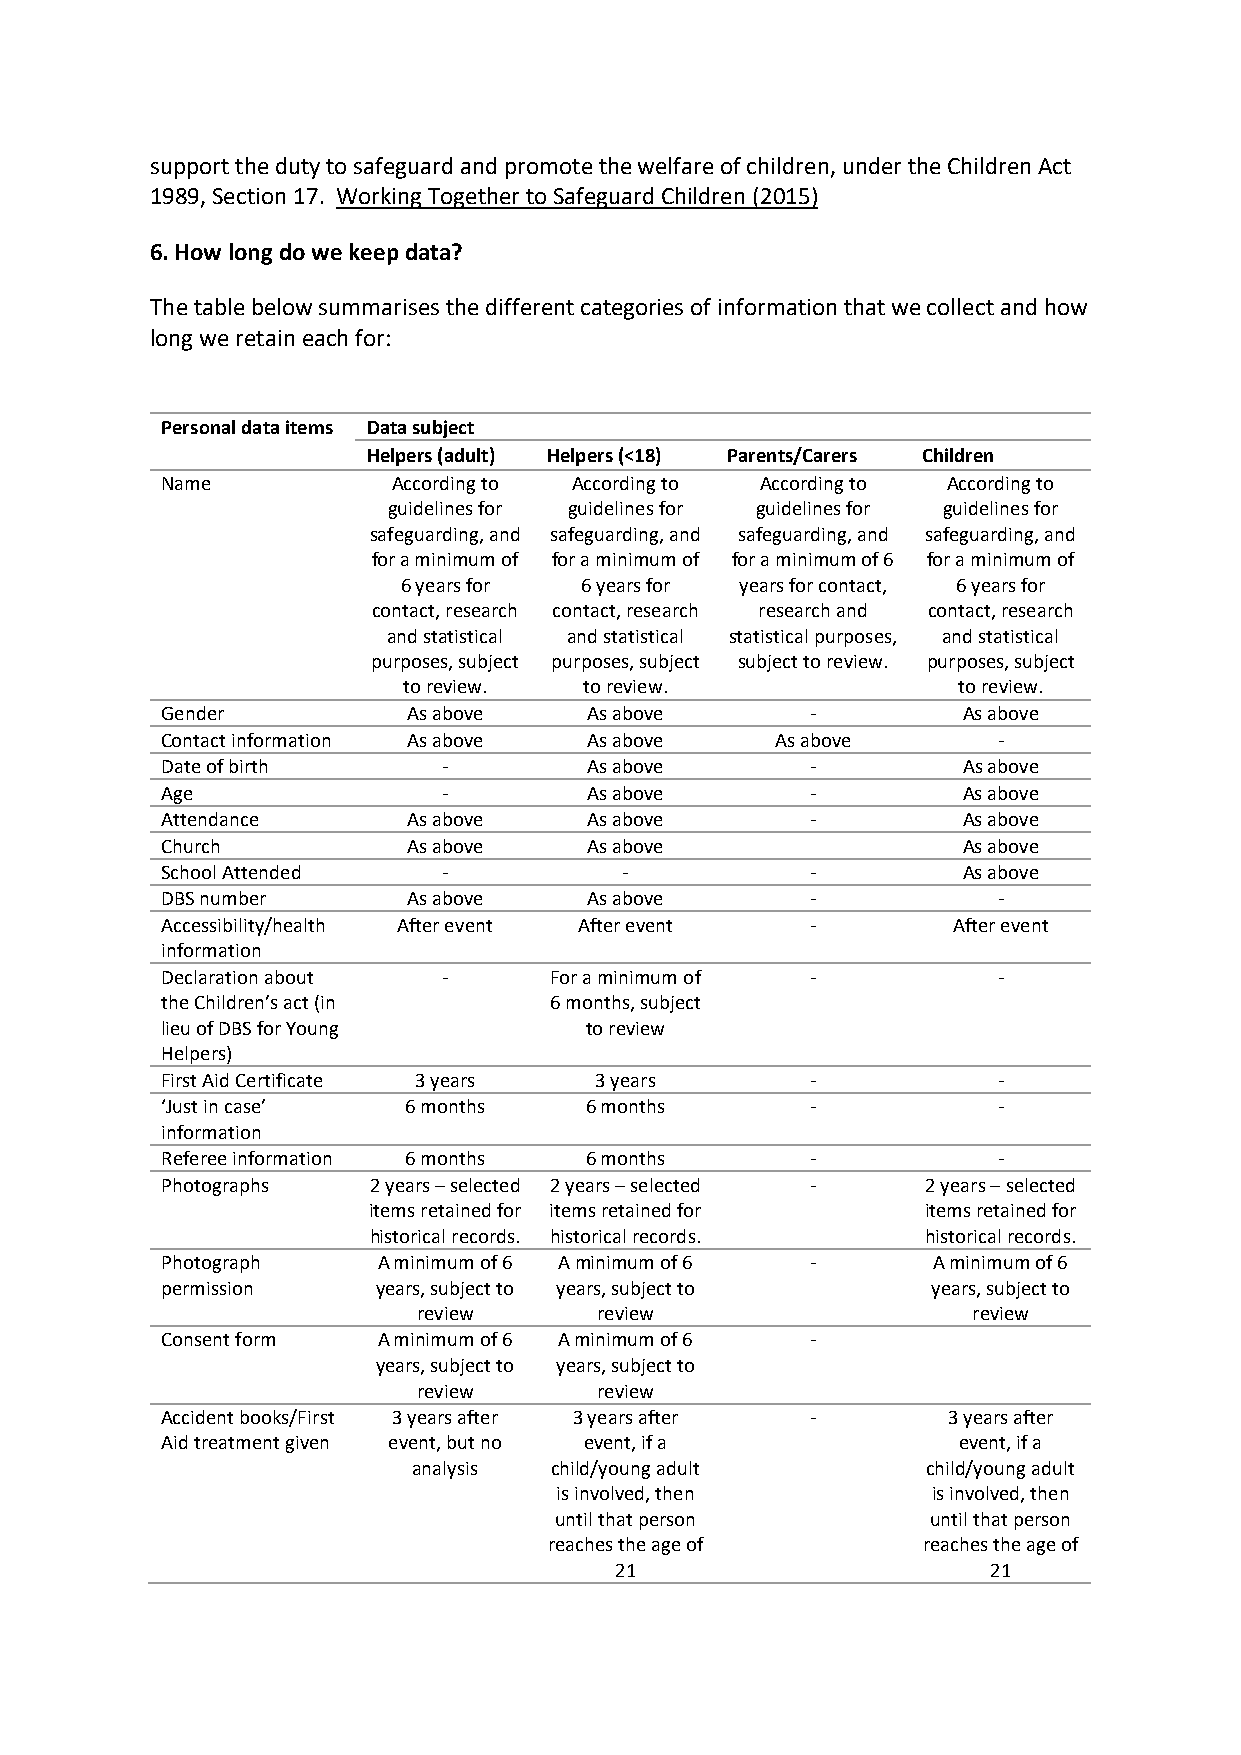
support the duty to safeguard and promote the welfare of children, under the Children Act
 1989, Section 17. Working Together to Safeguard Children (2015)
 6. How long do we keep data?
 The table below summarises the different categories of information that we collect and how
 long we retain each for:
 Personal data items Data subject
 Helpers (adult) Helpers (<18) Parents/Carers Children
 Name           According to According to According to According to
 guidelines for guidelines for guidelines for guidelines for
 safeguarding, and safeguarding, and safeguarding, and safeguarding, and
 for a minimum of for a minimum of for a minimum of 6 for a minimum of
 6 years for 6 years for years for contact, 6 years for
 contact, research contact, research research and contact, research
 and statistical and statistical statistical purposes, and statistical
 purposes, subject purposes, subject subject to review. purposes, subject
 to review.  to review.              to review.
 Gender          As above    As above       -         As above
 Contact information As above As above   As above       -
 Date of birth     -         As above       -         As above
 Age               -         As above       -         As above
 Attendance      As above    As above       -         As above
 Church          As above    As above                 As above
 School Attended   -           -            -         As above
 DBS number      As above    As above       -           -
 Accessibility/health After event After event -      After event
 information
 Declaration about -      For a minimum of  -           -
 the Children’s act (in   6 months, subject
 lieu of DBS for Young       to review
 Helpers)
 First Aid Certificate 3 years 3 years      -           -
 ‘Just in case’  6 months    6 months       -           -
 information
 Referee information 6 months 6 months      -           -
 Photographs  2 years – selected 2 years – selected - 2 years – selected
 items retained for items retained for items retained for
 historical records. historical records. historical records.
 Photograph    A minimum of 6 A minimum of 6 -      A minimum of 6
 permission    years, subject to years, subject to  years, subject to
 review      review                  review
 Consent form  A minimum of 6 A minimum of 6 -
 years, subject to years, subject to
 review      review
 Accident books/First 3 years after 3 years after -  3 years after
 Aid treatment given event, but no event, if a       event, if a
 analysis child/young adult        child/young adult
 is involved, then        is involved, then
 until that person        until that person
 reaches the age of       reaches the age of
 21                       21